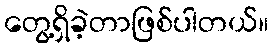
တွေ့ရှိခဲ့တာဖြစ်ပါတယ်။